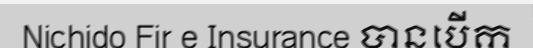
Nichido Fir e Insurance បានបើក